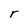
Character: r